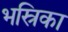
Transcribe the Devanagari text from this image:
भस्रिका